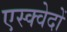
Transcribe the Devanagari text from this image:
एस्क्वेदों